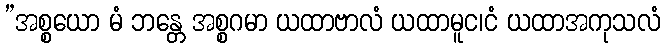
”အစ္စယော မံ ဘန္တေ အစ္စဂမာ ယထာဗာလံ ယထာမူင၊ငံ ယထာအကုသလံ